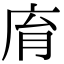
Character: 𢈋